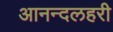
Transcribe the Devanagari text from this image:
आनन्दलहरी